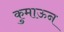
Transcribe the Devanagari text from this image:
कुमाऊन